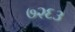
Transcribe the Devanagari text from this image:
७२६३